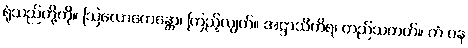
ရုံသည်တို့ကို။ ဩလောကေန္တော၊ ကြည့်လျက်။ အဋ္ဌာသိကိရ၊ တည်သတတ်။ တံ ပန